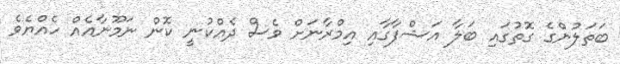
ބަތަލުންގެ ގޮތުގައި ބަލާ އަޝްފާގާއި އިމްރާނަށް ވެސް ދެއްކުނީ ކޮން ނަމޫނާއެއް ހެއްޔެވެ